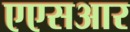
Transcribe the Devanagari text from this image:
एएसआर